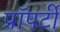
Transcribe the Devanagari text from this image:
प्राॅपर्टी